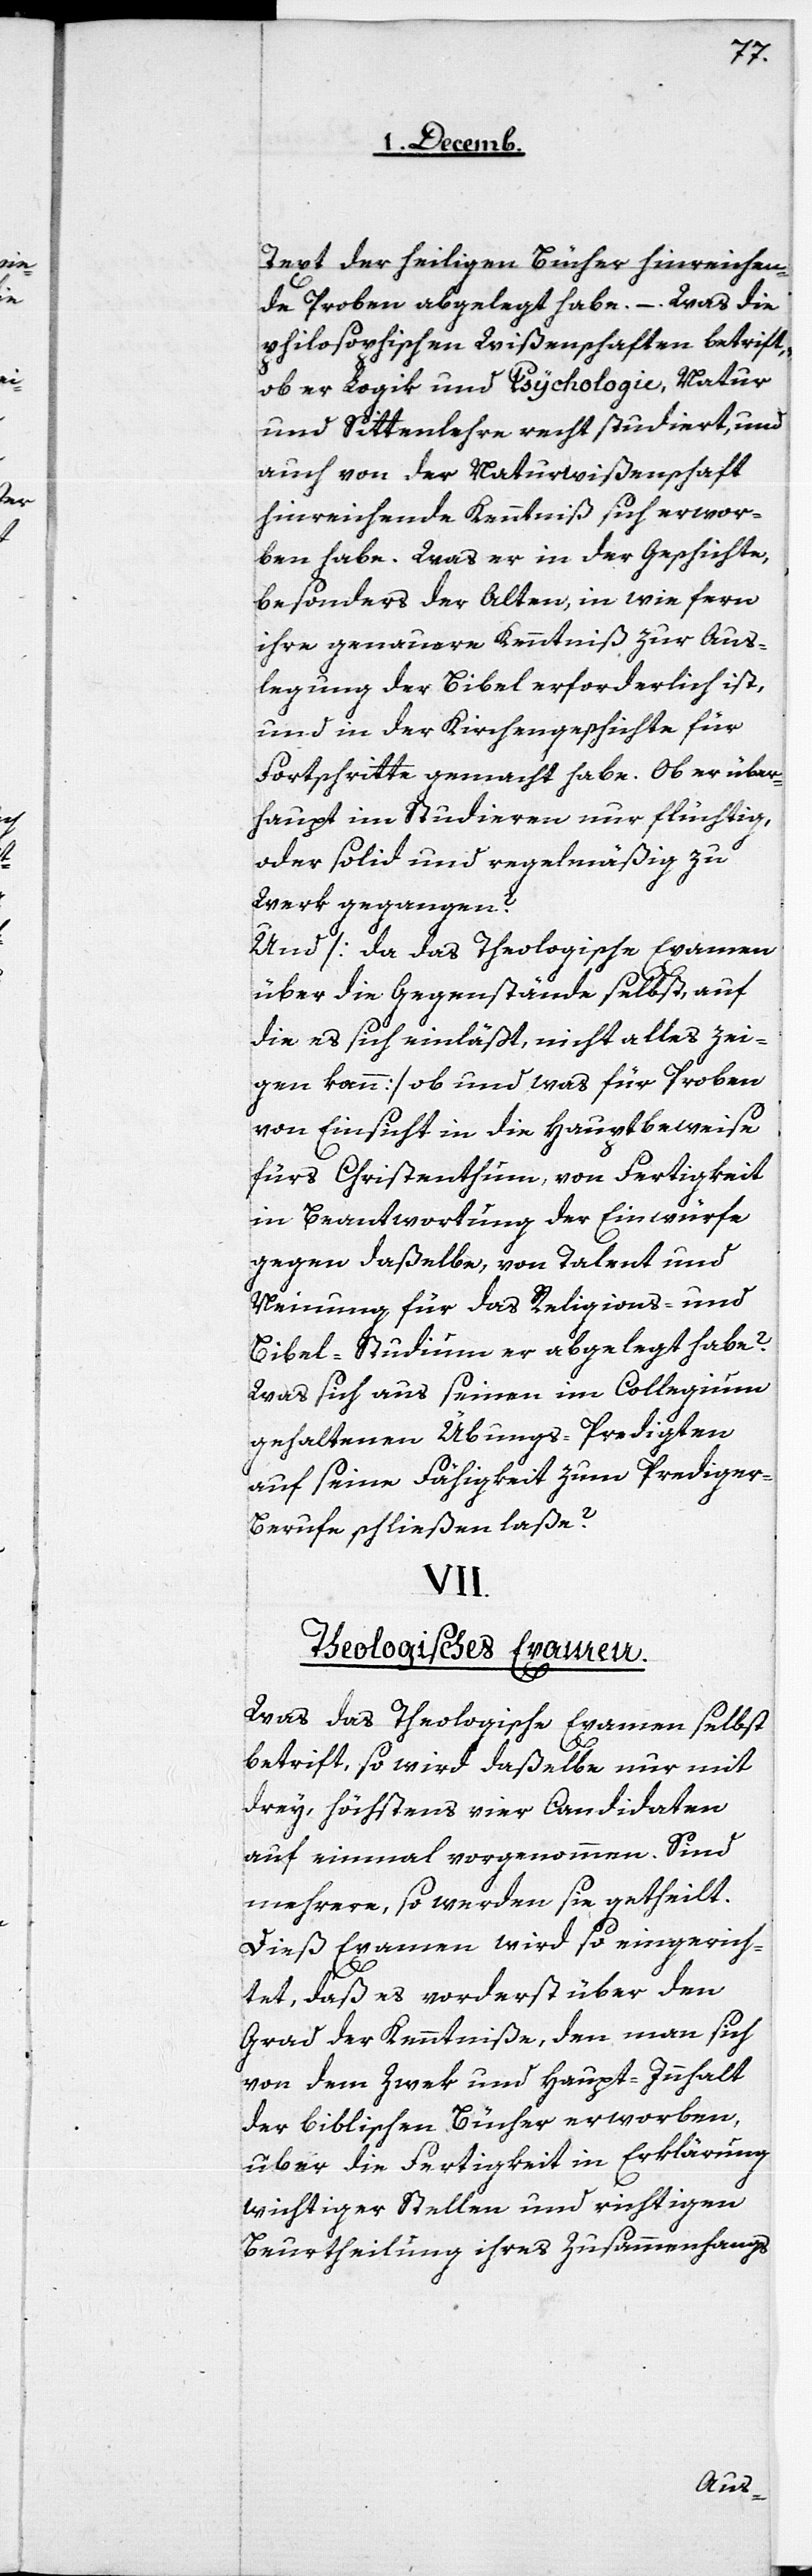
Text der heiligen Bücher hinreichen¬
de Proben abgelegt habe. –. Was die
philosophischen Wißenschaften betrifft,
ob er Logik und Psychologie, Natur
und Sittenlehre recht studiert, und
auch von der Naturwißenschaft
hinreichende Kenntniß sich erwor¬
ben habe. Was er in der Geschichte,
besonders der Alten, in wie fern
ihre genauere Kenntniß zur Aus¬
legung der Bibel erforderlich ist,
und in der Kirchengeschichte für
Fortschritte gemacht habe. Ob er über¬
haupt im Studieren nur flüchtig,
oder solid und regelmäßig zu
Werk gegangen?
Und [da das Theologische Examen
über die Gegenstände selbst, auf
die es sich einläßt, nicht alles zei¬
gen kann], ob und was für Proben
von Einsicht in die Hauptbeweise
fürs Christenthum, von Fertigkeit
in Beantwortung der Einwürfe
gegen daßelbe, von Talent und
Meinung für das Religions- und
Bibel-Studium er abgelegt habe?
Was sich aus seinen im Collegium
gehaltenen Übungs-Predigten
auf seine Fähigkeit zum Predige¬
r-Berufe schließen laße?
VII.
Theologisches Examen.
Was das Theologische Examen selbst
betrifft, so wird daßelbe nur mit
drey, höchstens vier Candidaten
auf einmal vorgenommen. Sind
mehrere, so werden sie getheilt.
Dieß Examen wird so eingerich¬
tet, daß es vorderst über den
Grad der Kenntniße, den man sich
von dem Zwek und Haupt-Innhalt
der biblischen Bücher erworben,
über die Fertigkeit in Erklärung
wichtiger Stellen und richtigen
Beurtheilung ihres Zusammenhangs